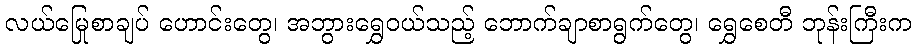
လယ်မြေစာချုပ် ဟောင်းတွေ၊ အဘွားရွှေဝယ်သည့် ဘောက်ချာစာရွက်တွေ၊ ရွှေစေတီ ဘုန်းကြီးက